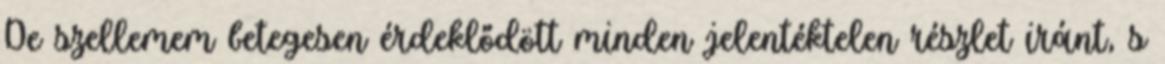
De szellemem betegesen érdeklődött minden jelentéktelen részlet iránt, s